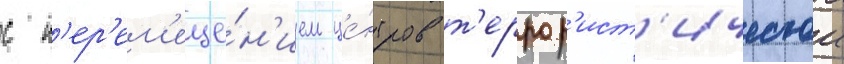
с п'ер'ем'еще́н'ием це́нтров т'еррор'ист'ическои